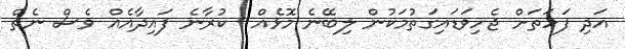
އަދި ފަހަތަށް ޖެހިވަޑައިގަތުމަކުން ލިބޭނެ މޮޅެއް  ކުރާނެ ފައިދާއެއް ވެސް ނެތް